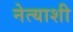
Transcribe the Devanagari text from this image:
नेत्याशी